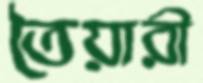
তৈয়ারী